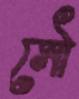
সৌ